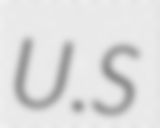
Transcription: U.S